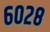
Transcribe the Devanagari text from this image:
६०२८